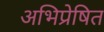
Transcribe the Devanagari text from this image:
अभिप्रेषित